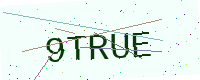
Text: 9TRUE